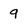
Character: 9